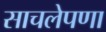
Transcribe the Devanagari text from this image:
साचलेपणा